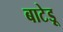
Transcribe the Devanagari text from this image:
बाटेड़ू